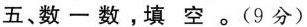
五、数一数，填空。(9分)